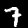
Label: 7